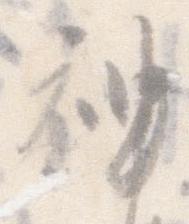
神